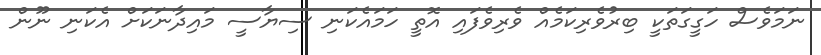
ނަމަވެސް ހަގީގަތަކީ ބިރުވެރިކަމެއް ވެރިވެފައި އޮތީ ހަމައެކަނި ސިޔާސީ މައިދާނަކަށް އެކަނި ނޫން